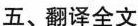
五、翻译全文